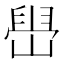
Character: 𫶋